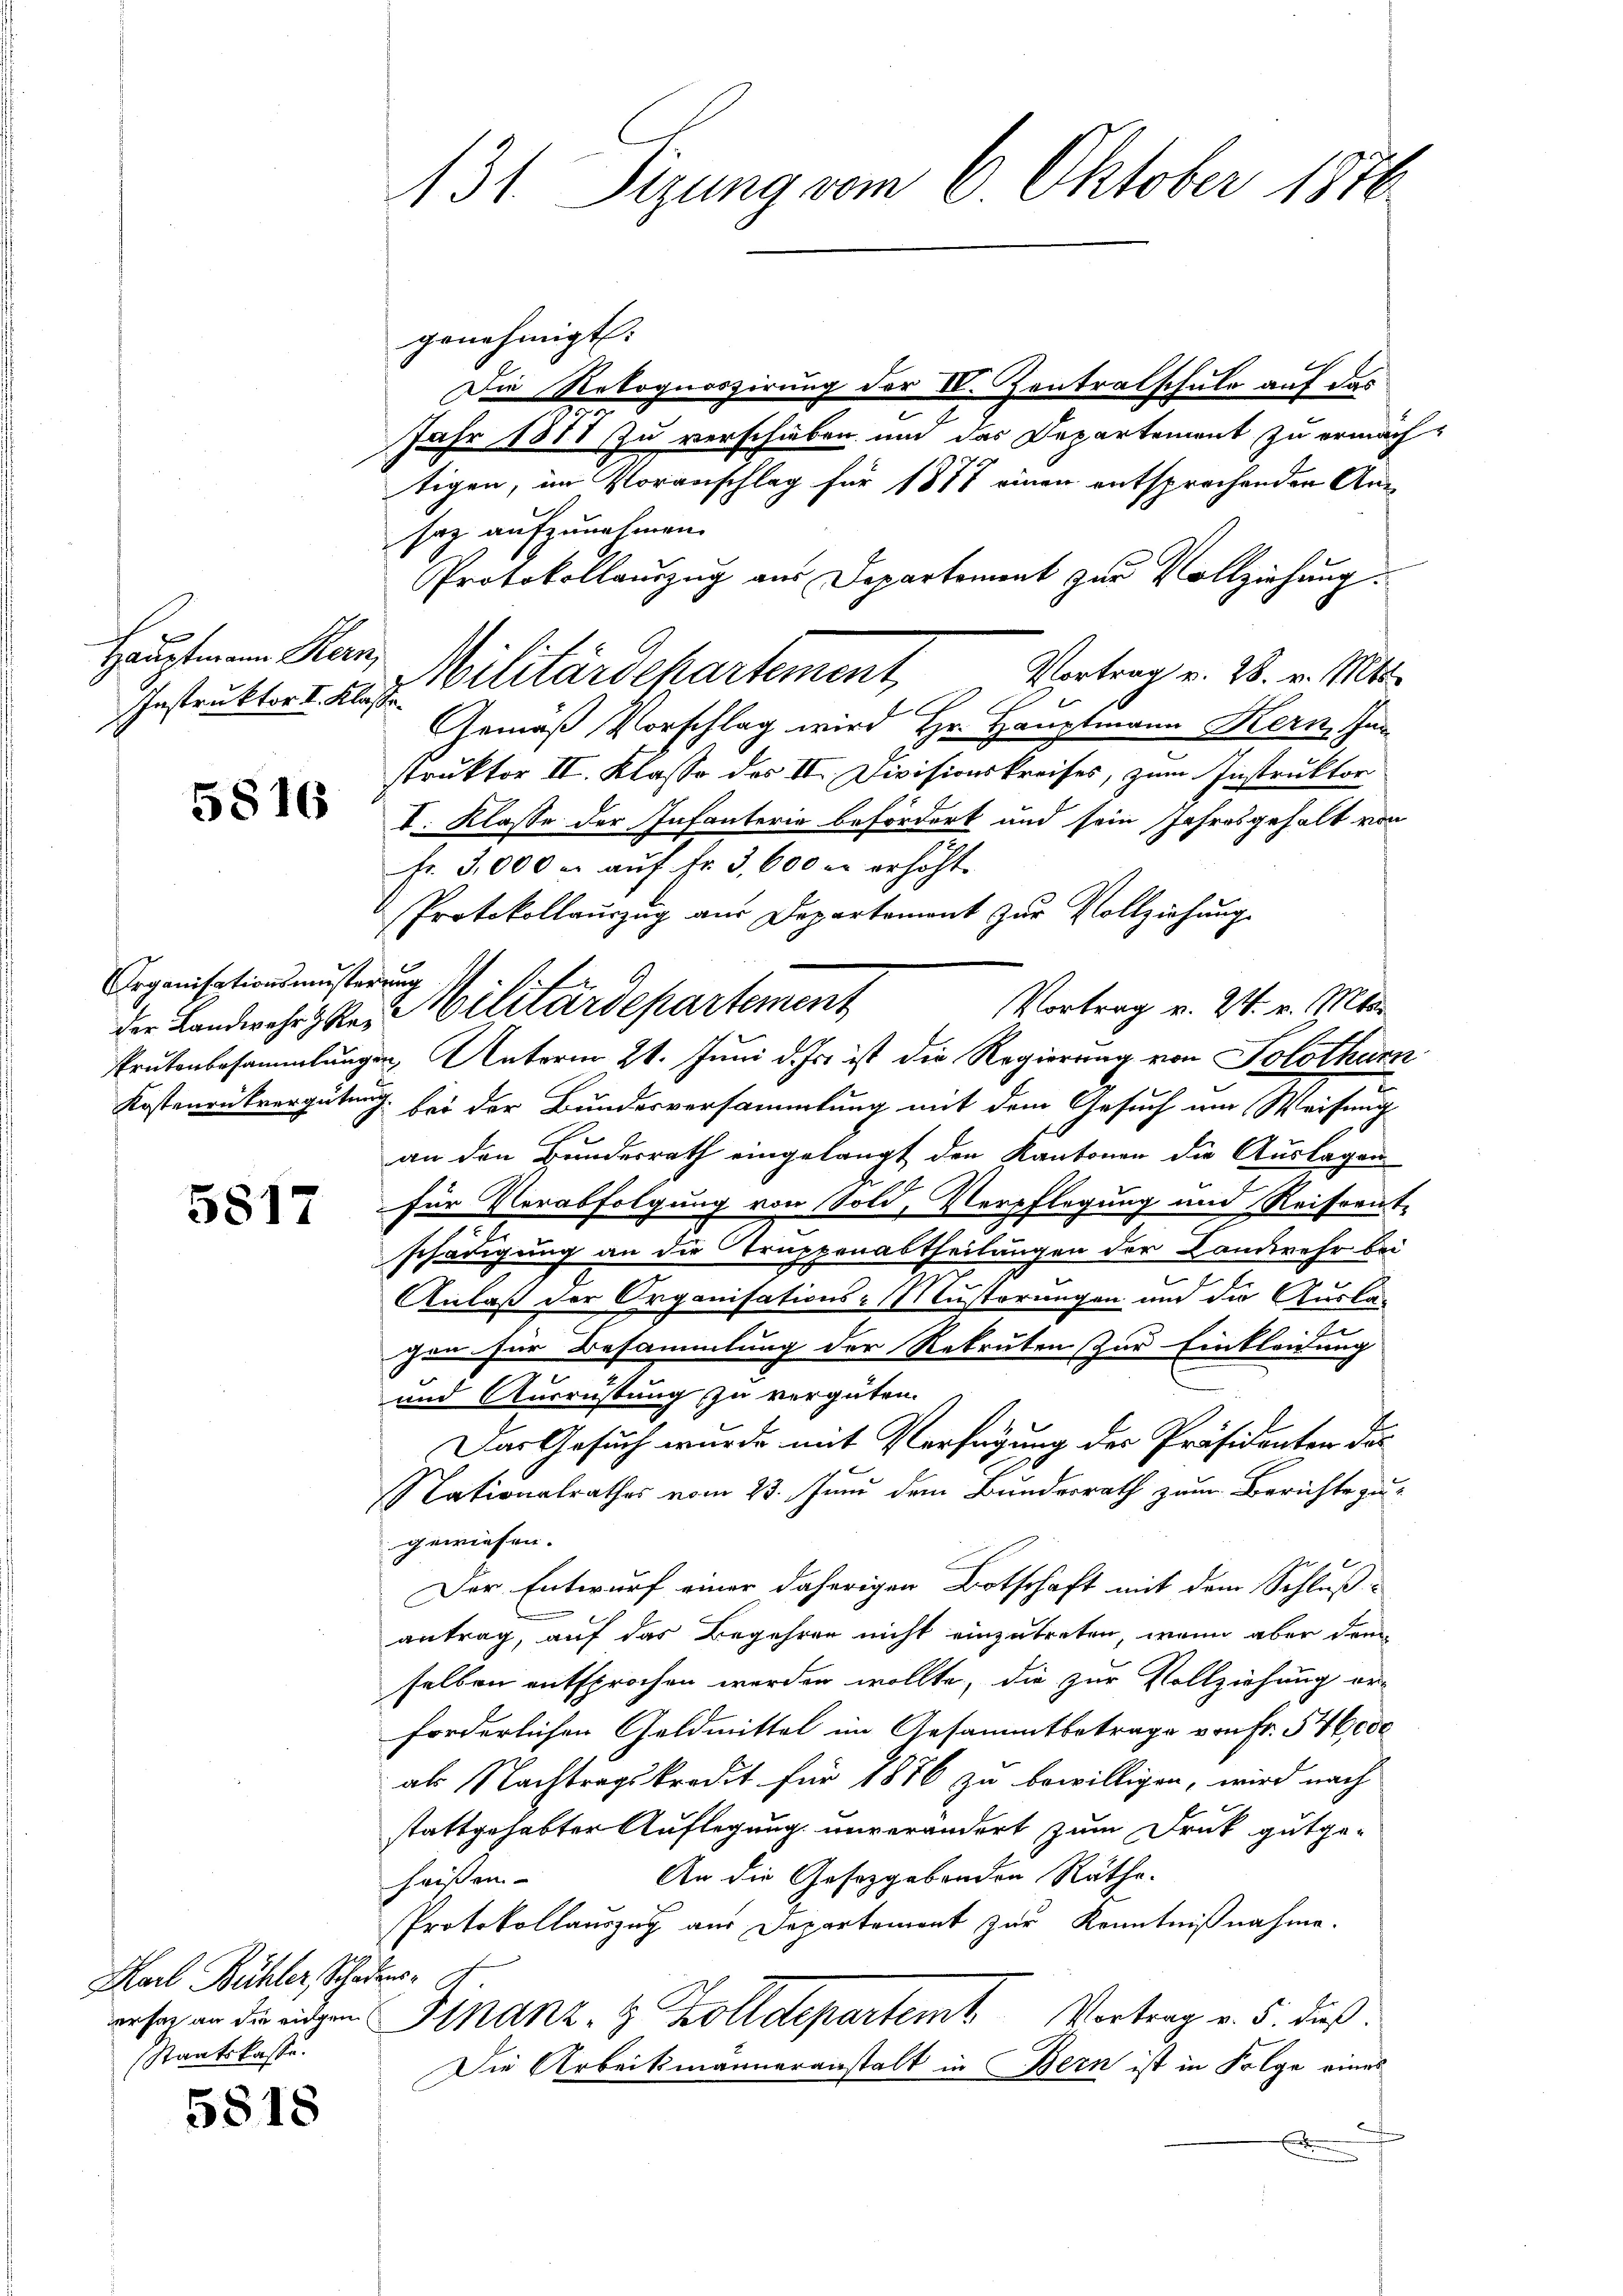
Hauptmann Kern,
Instruktor I. Klasse

5816

Organisationsmüsterung

5817

Karl Bühler, Schadens-
sstaatskasse.

5818

131 Sizung vom 6. Oktober 1870

genehmigt:
Die Rekognoszirung der IV. Zentralschule auf das
2
Jahr 1878 zu verschieben und das Departement zu ermachtigen, im Voranschlag für 1877 einen entsprechenden Ansaz aufzunehmen.
Protokollauszug aus Departement zur Vollziehung.
Vortrag v. 28. v. Mts.
Militärdepartement
l
Gemäß Vorschlag wird Hr. Hauptmann Kern, Inn
struktor II. Klasse des II. Divisionskreises, zum Instruktor
I. Klasse der Infanterie befördert und sein Jahresgehalt von
Fr. 3,000 r. aŭf Fr. 3, 600 u. erhöht.
Protokollaŭszŭg aŭs Departement zŭr Vollziehung
Vortrag v. 24. v. Mar
Prutenbesammlungen Unterm 21. Juni d. Js. ist die Regierung von Solothurn
Kostenrükvergütung bei der Bundesversammlung mit dem Gesuch um Weisung
an den Bundesrath eingelangt den Kantonen die Auslagen
für Verabfolgung von Sold, Verpflegung und Reiseent-
schädigung an die Truppenabtheilungen der Landwehr bei
Anlaß der Organisations-Mustörungen und die Ausla-
.
chen für Besammlung der Rekruten zur Einkleidung
und Ausrüstung zu vergüten.
Das Gesuch wurde mit Verfügung des Präsidenten des
Nationalrathes vom 23. Juni dem Bunderrath zum Berichte zugewiesen.
Der Entwurf einer daherigen Botschaft mit dem Schluß-
antrag, auf das Begehren nicht einzutreten, wenn aber dem
selben entsprochen werden wollte, die zur Vollziehung er-
forderlichen Geldmittel im Gesammtbetrage von Fr. 546000
als Nachtragskredit für 1876 zu bewilligen, wird nach
stattgehabter Auflegung unverändert zum Druck gutge¬
An die Gesetzgebenden Räthe.
haisen.
Protokollauszug aus Departement zur Kenntnißnahme.
weser an die eigen Finanz- & Zolldepartem Vortrag v. 5. dieß.
Die Arbeitsmänneranstalt in Bern ist in Folge eines
.

die Landwehrster Militärdepartement